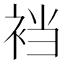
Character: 裆